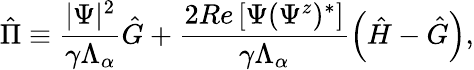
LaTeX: \hat{\Pi}\equiv\frac{|\Psi|^{2}}{\gamma\Lambda_{\alpha}}\hat{G}+\frac{2\textit{Re}\left[\Psi(\Psi^{z})^{*}\right]}{\gamma\Lambda_{\alpha}}\left(\hat{H}-\hat{G}\right),